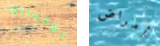
توقعاتك أمراض